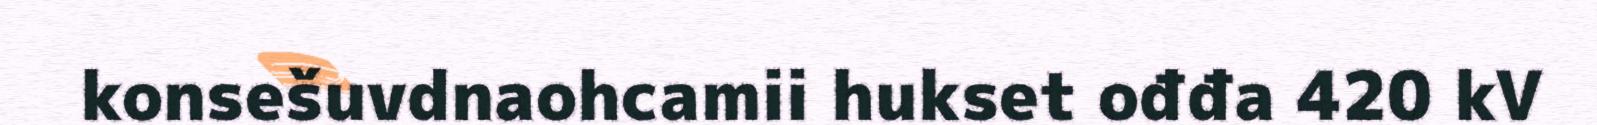
konsešuvdnaohcamii hukset ođđa 420 kV